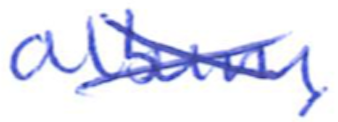
Text: album,
Cross-out: cross
Writing tool: ballpoint